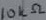
Text: 10kΩ